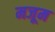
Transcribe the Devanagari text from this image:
मजूम